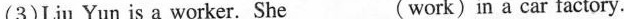
(3) Liu Yun is a worker. She___(work)in a car factory.